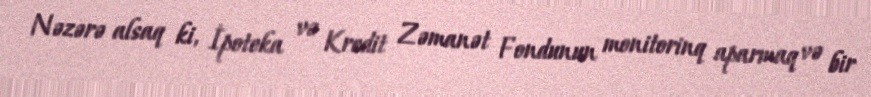
Nəzərə alsaq ki, İpoteka və Kredit Zəmanət Fondunun monitorinq aparmaq və bir